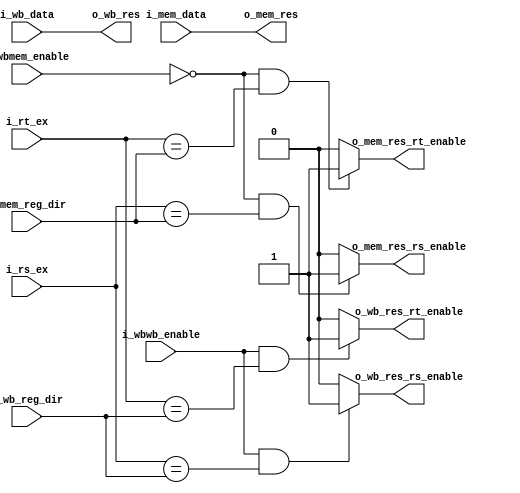
`timescale 1ns / 1ps
//////////////////////////////////////////////////////////////////////////////////
// Company: 
// Engineer: 
// 
// Design Name: 
// Module Name: Forwarding_unit
// Project Name: 
// Target Devices: 
// Tool Versions: 
// Description: 
// 
// Dependencies: 
// 
// Revision:
// Revision 0.01 - File Created
// Additional Comments:
// 
//////////////////////////////////////////////////////////////////////////////////


module Forwarding_unit#(
    parameter   TAM_DATA = 32,
    parameter   REGISTER_SIZE = 5
)
(

    input [REGISTER_SIZE - 1 : 0] i_rs_ex,
    input [REGISTER_SIZE - 1 : 0] i_rt_ex,
    input [REGISTER_SIZE - 1 : 0] i_mem_reg_dir,
    input [REGISTER_SIZE - 1 : 0] i_wb_reg_dir,
    input [TAM_DATA - 1 : 0]  i_mem_data,
    input [TAM_DATA - 1 : 0]  i_wb_data,
    input                     i_wbmem_enable,
    input                     i_wbwb_enable,
    
    output                    o_mem_res_rs_enable,
    output                    o_wb_res_rs_enable,
    output                    o_mem_res_rt_enable,
    output                    o_wb_res_rt_enable,
    output [TAM_DATA - 1 : 0] o_mem_res,
    output [TAM_DATA - 1 : 0] o_wb_res
    
    );
     //si es una instruccion que va a escribir un registro en la etapa que corresponde, ahi recien pregunta 
     //si es el mismo registro que se necesita en la etapa ex
    assign o_mem_res_rs_enable =    (i_wbmem_enable == 0) && (i_rs_ex == i_mem_reg_dir) ? 1 : 0; 
    assign o_wb_res_rs_enable =     (i_wbwb_enable == 1) && (i_rs_ex == i_wb_reg_dir)  ? 1 : 0;
    
    assign o_mem_res_rt_enable = (i_wbmem_enable == 0) && (i_rt_ex == i_mem_reg_dir) ? 1 : 0;
    assign o_wb_res_rt_enable =  (i_wbwb_enable == 1) && (i_rt_ex == i_wb_reg_dir)  ? 1 : 0;
    
    //en ese que dice 0 como lo leo del latch exmem todavia no esta negado, que es el bit que me indica si quiero escribir registros o no
    
    assign o_mem_res = i_mem_data;
    assign o_wb_res = i_wb_data;                               

endmodule